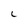
Character: L